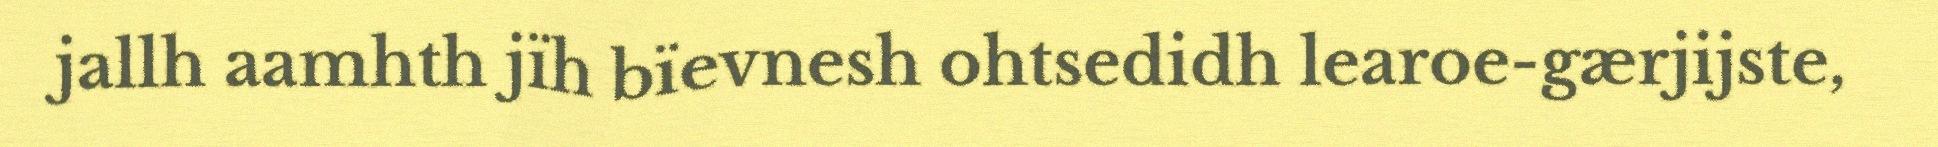
jallh aamhth jïh bïevnesh ohtsedidh learoe-gærjijste,